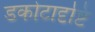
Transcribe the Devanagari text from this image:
डकोटादृष्टि